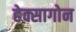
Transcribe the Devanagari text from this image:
हेक्सागोन